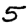
Digit: 5